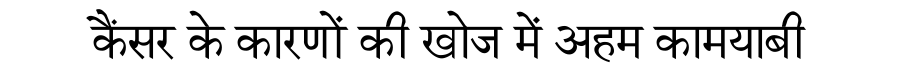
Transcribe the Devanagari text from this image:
कैंसर के कारणों की खोज में अहम कामयाबी